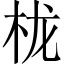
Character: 栊